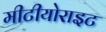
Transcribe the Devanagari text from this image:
मीटीयोराइट